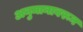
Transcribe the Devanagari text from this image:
अनुमानावरून